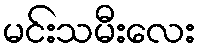
မင်းသမီးလေး